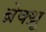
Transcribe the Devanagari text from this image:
ब्रेक्थ्रू